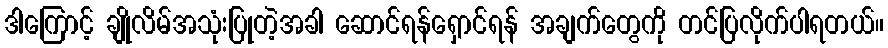
ဒါကြောင့် ချိုလိမ်အသုံးပြုတဲ့အခါ ဆောင်ရန်ရှောင်ရန် အချက်တွေကို တင်ပြလိုက်ပါရတယ်။